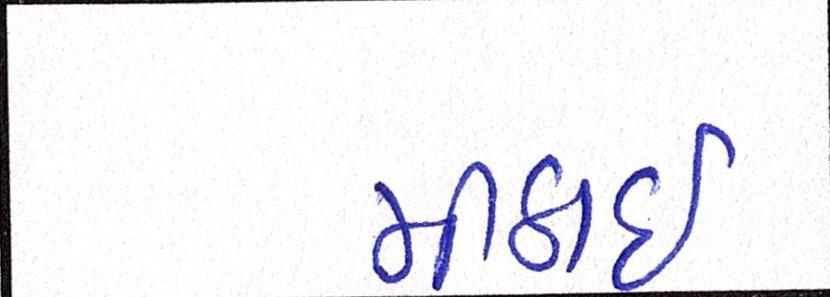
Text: મીઠાઈ